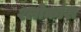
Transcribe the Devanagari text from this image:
श्लोकांश